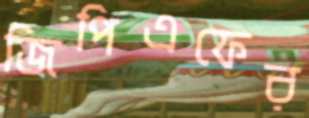
জিপিএফের